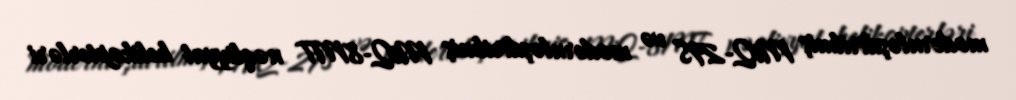
modernləşdirilmiş MiQ-29S və modernləşdirilmiş MiQ-8MT nəqliyyat helikopterləri